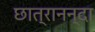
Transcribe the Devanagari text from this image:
छात्रानन्दा